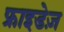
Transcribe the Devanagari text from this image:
फ्राइडेज़